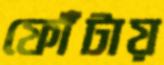
ফোঁটায়